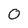
Character: 0